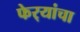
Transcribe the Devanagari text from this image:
फेर्‍यांचा